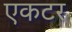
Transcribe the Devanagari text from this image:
एकटर